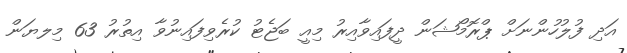
އަދި ފުލުހުންނަށް ޕްރޮމޯޝަން ދީފައިވާއިރު މިއީ ބަޖެޓު ކުރެވިފައިނުވާ އިތުރު 63 މިލޔަން